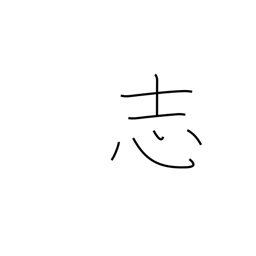
Meaning: shilling